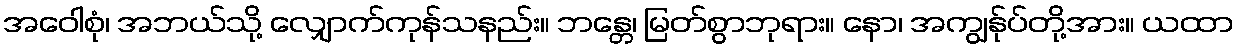
အဝေါစုံ၊ အဘယ်သို့ လျှောက်ကုန်သနည်း။ ဘန္တေ၊ မြတ်စွာဘုရား။ နော၊ အကျွန်ုပ်တို့အား။ ယထာ